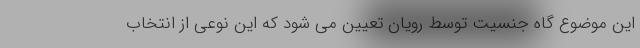
این موضوع گاه جنسیت توسط رویان تعیین می شود که این نوعی از انتخاب